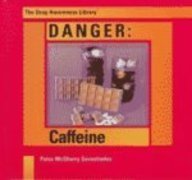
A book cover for Danger: Caffeine (Drug Awareness Library); Patra McSharry Sevastiades; Health, Fitness & Dieting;